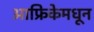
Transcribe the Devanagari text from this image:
आफ्रिकेमधून